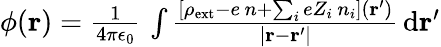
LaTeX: \begin{array}{r}{\phi(\mathbf{r})=\frac{1}{4\pi\epsilon_{0}}\, \int\frac{\left[\rho_{\mathrm{ext}}-e\, n+\sum_{i}eZ_{i}\, n_{i}\right](\mathbf{r}^{\prime})}{|\mathbf{r}-\mathbf{r}^{\prime}|}\, \mathrm{d}\mathbf{r}^{\prime}}\end{array}